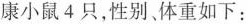
康小鼠4只，性别体重如下: